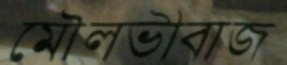
মৌলভীবাজ